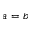
a = b